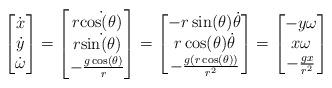
LaTeX: \begin{gather*} \begin{bmatrix}\dot{x} \\ \dot{y} \\ \dot{\omega}\end{bmatrix} = \begin{bmatrix} r\dot{\cos(\theta)} \\ r\dot{\sin (\theta)} \\ -\frac{g\cos (\theta)}{r}\end{bmatrix} = \begin{bmatrix} -r\sin (\theta) \dot{\theta} \\ r\cos (\theta) \dot{\theta} \\ -\frac{g(r\cos (\theta))}{r^2}\end{bmatrix} = \begin{bmatrix} -y\omega \\ x\omega \\ -\frac{gx}{r^2}\end{bmatrix} \end{gather*}